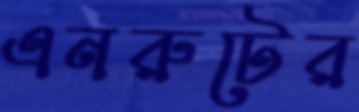
এনরুটের